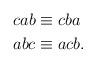
LaTeX: \begin{align*}cab &\equiv cba \\abc &\equiv acb.\end{align*}